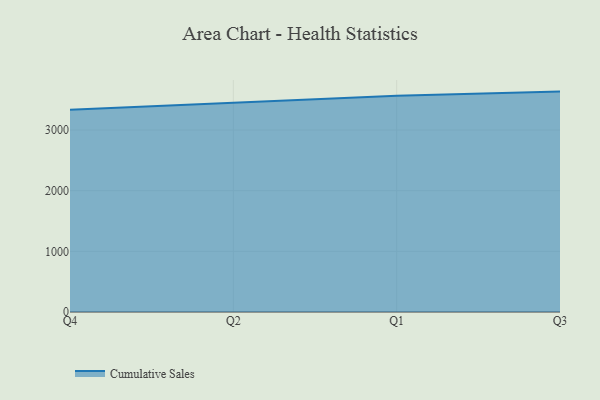
{"axis": {"x": "Quarter", "y": "Operating Costs (USD K)"}, "legend": ["Cumulative Sales"], "data": [{"x": "Q4", "y": 3336.0, "type": "Cumulative Sales"}, {"x": "Q2", "y": 3453.6, "type": "Cumulative Sales"}, {"x": "Q1", "y": 3565.4, "type": "Cumulative Sales"}, {"x": "Q3", "y": 3633.2, "type": "Cumulative Sales"}]}